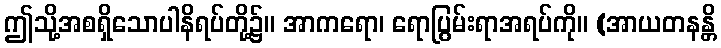
ဤသို့အစရှိသောပါနိရပ်တို့၌။ အာကရော၊ ရောပြွမ်းရာအရပ်ကို။ (အာယတနန္တိ